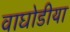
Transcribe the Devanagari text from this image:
वाघोडीया